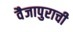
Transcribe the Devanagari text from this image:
वैजापुराची